Vaccination United Provinces of Agra and Oudh 1914-1922 - 1914-1922
Year: 1914
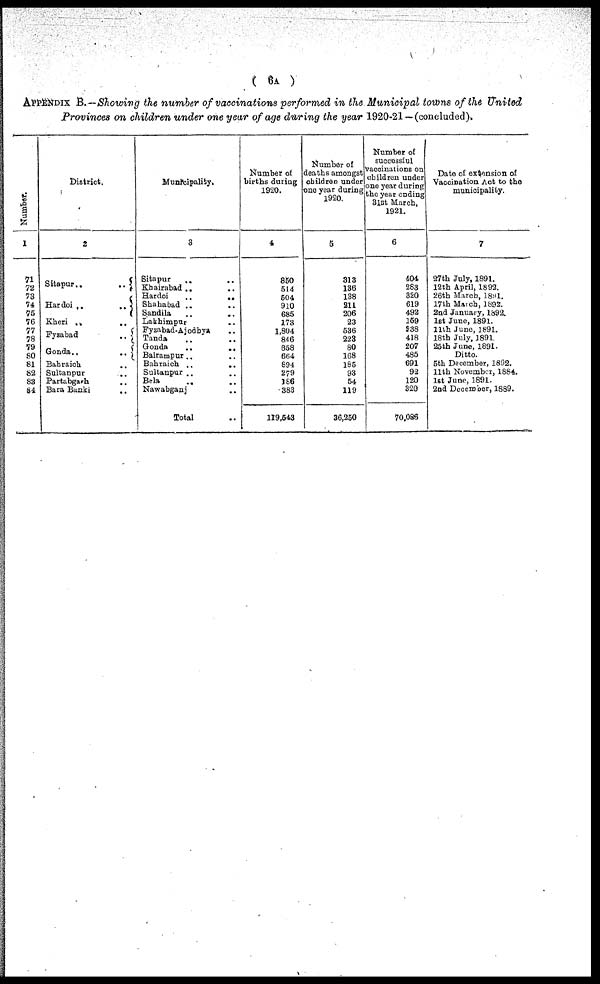
( 6A )
APPENDIX B.—Showing the number of vaccinations performed in the Municipal towns of the United
Provinces on children under one year of age during the year 1920-21 —(concluded).
Number.
1
71
72
73
74
75
76
77
78
79
80
81
82
83
84
District.
2
Sitapur ..
..
Hardoi
..
..
Kheri .. ..
Fysabad
..
Gonda
.
..
Bahraich ..
Sultanpur
..
Partabgarh ..
Bara Banki ..
Municipality.
3
Sitapur .. ..
Khairabad .. ..
Hardoi
..
..
Shahabad
..
..
Sandila
..
..
Lakhimpur ..
Fyzabad-Ajodhya ..
Tanda .. ..
Gonda
..
..
Balrampur .. ..
Bahraich
..
..
Sultanpur .. ..
Bela .. ..
Nawabganj .. ..
Total ..
Number of
births during
1920.
4
850
514
504
910
685
173
1,804
846
358
664
694
279
186
383
119,543
Number of
deaths amongst
children under
one year during
1920.
5
313
136
138
211
206
23
536
223
80
168
185
93
54
119
36,250
Number of
successful
vaccinations on
children under
one year during
the year ending
31st March,
1921.
6
404
283
320
619
492
159
338
418
207
485
691
92
120
320
70,086
Date of extension of
Vaccination Act to the
municipality.
7
27th July, 1891.
12th April, 1892.
26th March, 189l.
17th March, 1892.
2nd January, 1892.
1st June, 1891.
11th June, 1891.
18th July, 1891.
25th Juno, 1891.
Ditto.
5th December, 1892.
11th November, 1884.
1st June, 1891.
2nd December, 1889.